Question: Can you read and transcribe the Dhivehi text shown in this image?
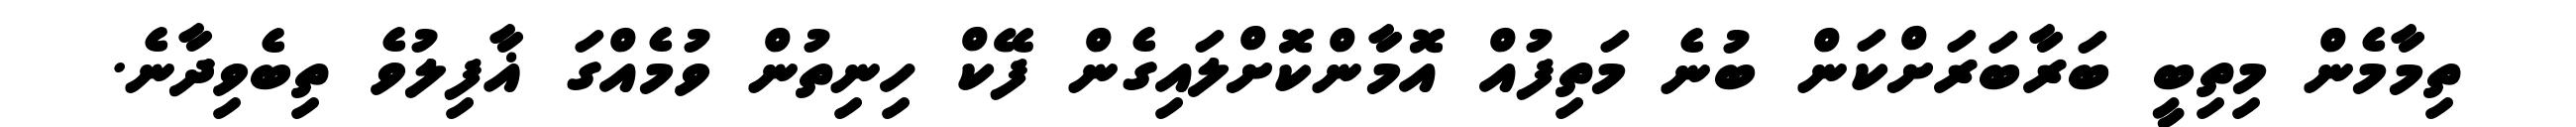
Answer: ތިމާމެން މިތިބީ ބަރާބަރަށްކަން ބުނެ މަތިފުއް އޮމާންކޮށްލައިގެން ފޭކް ހިނިތުން ވުމެއްގަ ޣާފިލުވެ ތިބެވިދާނެ.